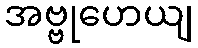
အဗ္ဗုဟေယျ